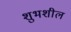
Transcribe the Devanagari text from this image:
शुभशील